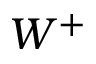
W ^ { + }